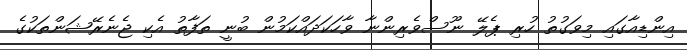
އިންޑިއާގައި މިވަގުތު ހުރި ޕެލޭ ނޫސްވެރިންނާ ވާހަކަދައްކަމުން ބުނީ ތަފާތު އެކި ޖެނެރޭޝަންތަކުގެ